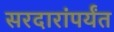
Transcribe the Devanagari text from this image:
सरदारांपर्यंत